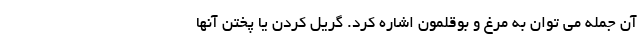
آن جمله می توان به مرغ و بوقلمون اشاره کرد. گریل کردن یا پختن آنها